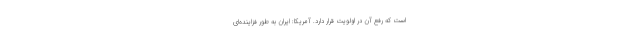
است که رفع آن در اولویت قرار دارد. آمریکا: ایران به طور فزاینده‌ای